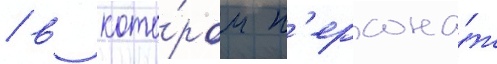
/ в кото́ром п'ерсона́ж